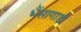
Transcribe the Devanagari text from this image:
भैंसागाड़ी